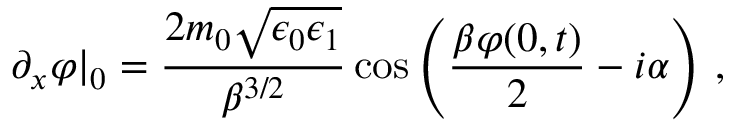
\partial _ { x } \varphi | _ { 0 } = \frac { 2 m _ { 0 } \sqrt { \epsilon _ { 0 } \epsilon _ { 1 } } } { \beta ^ { 3 / 2 } } \cos \left( \frac { \beta \varphi ( 0 , t ) } { 2 } - i \alpha \right) \, ,